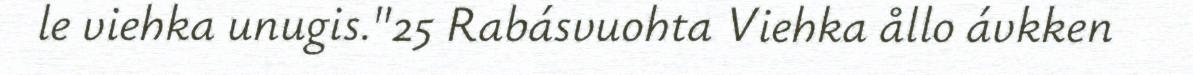
le viehka unugis."25 Rabásvuohta Viehka ållo ávkken